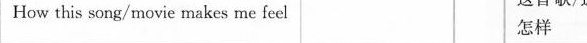
How this song/movie makes me fee怎样